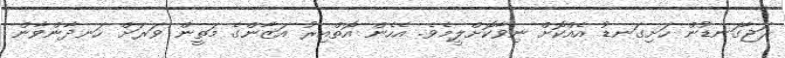
ރަޖާގަނޑުން ހަށިގަނޑު އެއްކޮށް ނިވާކޮށްލީމެވެ. އެހެން އޮތްއިރު އަޒާންގެ މަތީން ވަރަށް ހަނދާންވާން